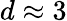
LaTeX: d\approx 3